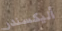
أليكسندر